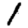
Digit: 1